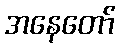
အနေတော်